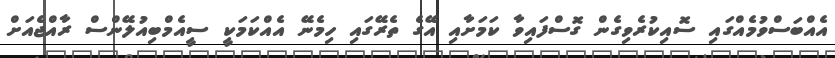
އެއްބަސްވުމެއްގައި ސޮއިކުރެވިގެން ގޮސްފައިވާ ކަމަށާއި އޭގެ ތެރޭގައި ހިމެނޭ އެއްކަމަކީ ސީއެމްބިއުލޭންސް ރާއްޖެއަށް